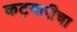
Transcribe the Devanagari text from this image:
कट्यारीचा